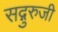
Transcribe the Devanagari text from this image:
सद्गुरुजी